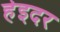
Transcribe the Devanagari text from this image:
हेइदर